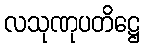
လသုဏုပတိဋ္ဌေ